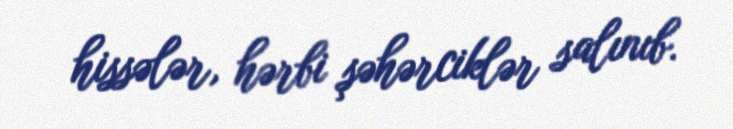
hissələr, hərbi şəhərciklər salınıb.